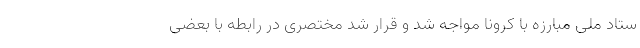
ستاد ملی مبارزه با کرونا مواجه شد و قرار شد مختصری در رابطه با بعضی